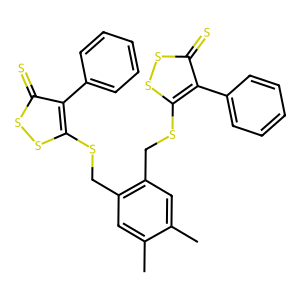
SMILES: Cc1cc(CSc2ssc(=S)c2-c2ccccc2)c(CSc2ssc(=S)c2-c2ccccc2)cc1C
Inhibits HIV replication: No